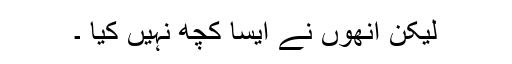
لیکن اُنھوں نے ایسا کچھ نہیں کیا ۔